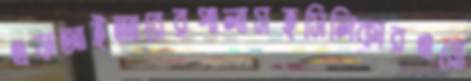
এফআইআরেরপালাসহসিলিকারএয়ো